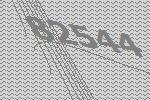
82544